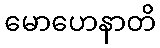
မောဟေနာတိ